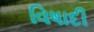
વિષાદી